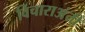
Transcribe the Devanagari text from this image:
विचाराअंती